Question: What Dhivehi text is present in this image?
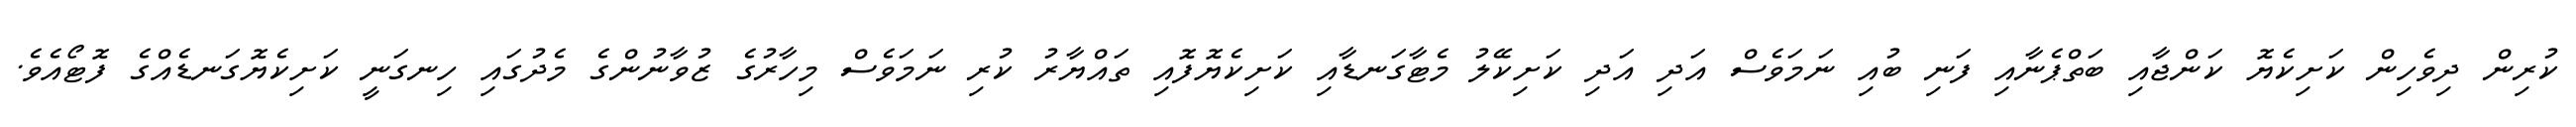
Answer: ކުރިން ދިވެހިން ކަށިކެޔޮ ކަންޖާއި ބަތްޕެނާއި ފަނި ބުއި ނަމަވެސް އަދި އަދި ކަށިކޭލު މެޓާގަނޑާއި ކަށިކެޔޮފޮއި ތައްޔާރު ކުރި ނަމަވެސް މިހާރުގެ ޒުވާނުންގެ މެދުގައި ހިނގަނީ ކަށިކެޔޮގަނޑެއްގެ ފޮޓޯއެވެ.